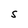
Character: S